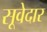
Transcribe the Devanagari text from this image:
सूवेदार